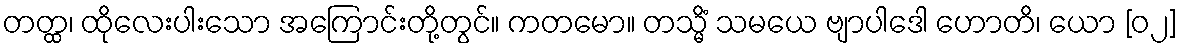
တတ္ထ၊ ထိုလေးပါးသော အကြောင်းတို့တွင်။ ကတမော။ တသ္မိံ သမယေ ဗျာပါဒေါ ဟောတိ၊ ယော [၀၂]